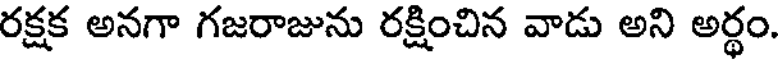
రక్షక అనగా గజరాజును రక్షించిన వాడు అని అర్థం.